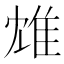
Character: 䧵